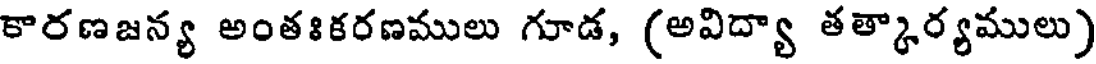
కారణజన్య అంతఃకరణములు గూడ, (అవిద్యా తత్కార్యములు)